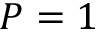
P = 1